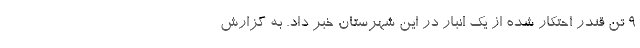
۹ تن قندر احتکار شده از یک انبار در این شهرستان خبر داد. به گزارش